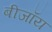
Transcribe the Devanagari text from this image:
बीजॉय